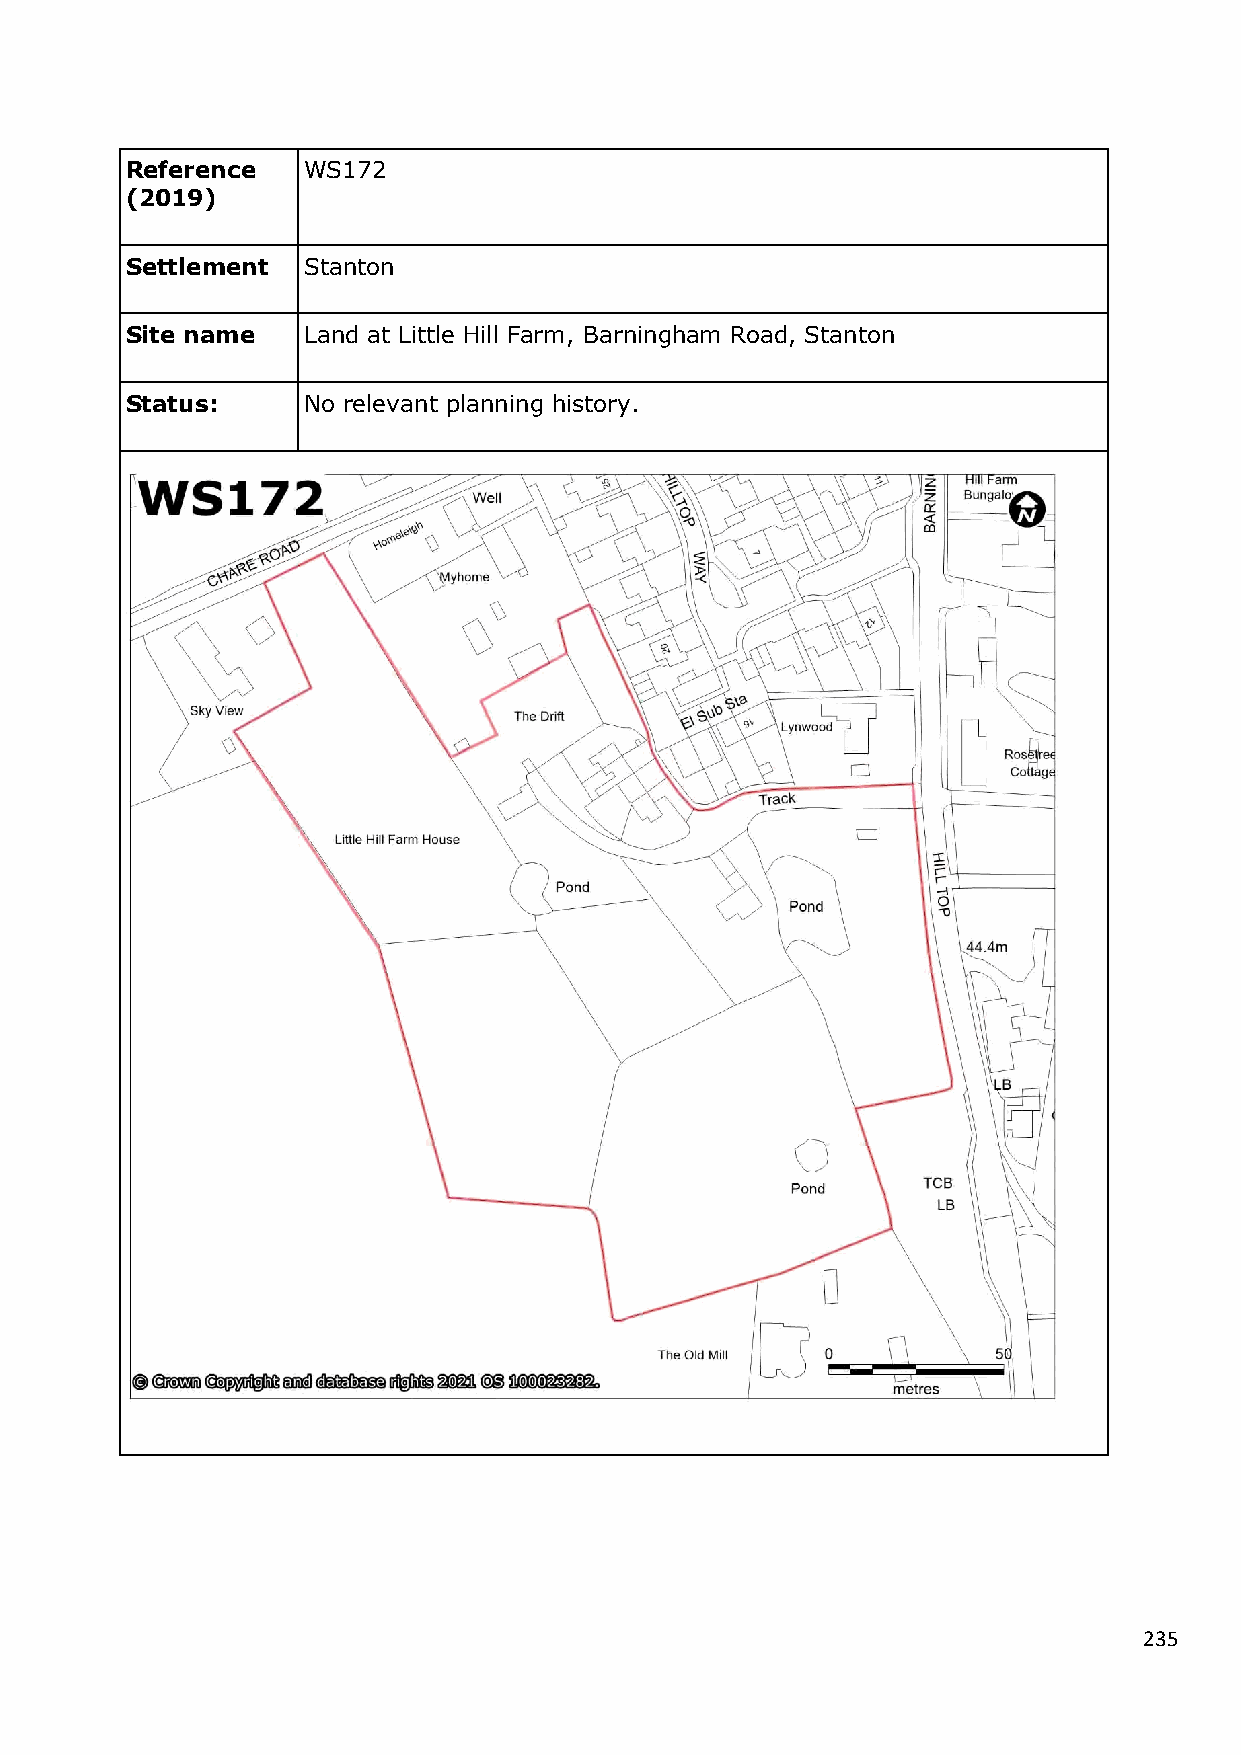
Reference   WS172
 (2019)
 Settlement  Stanton
 Site name   Land at Little Hill Farm, Barningham Road, Stanton
 Status:     No relevant planning history.
 235